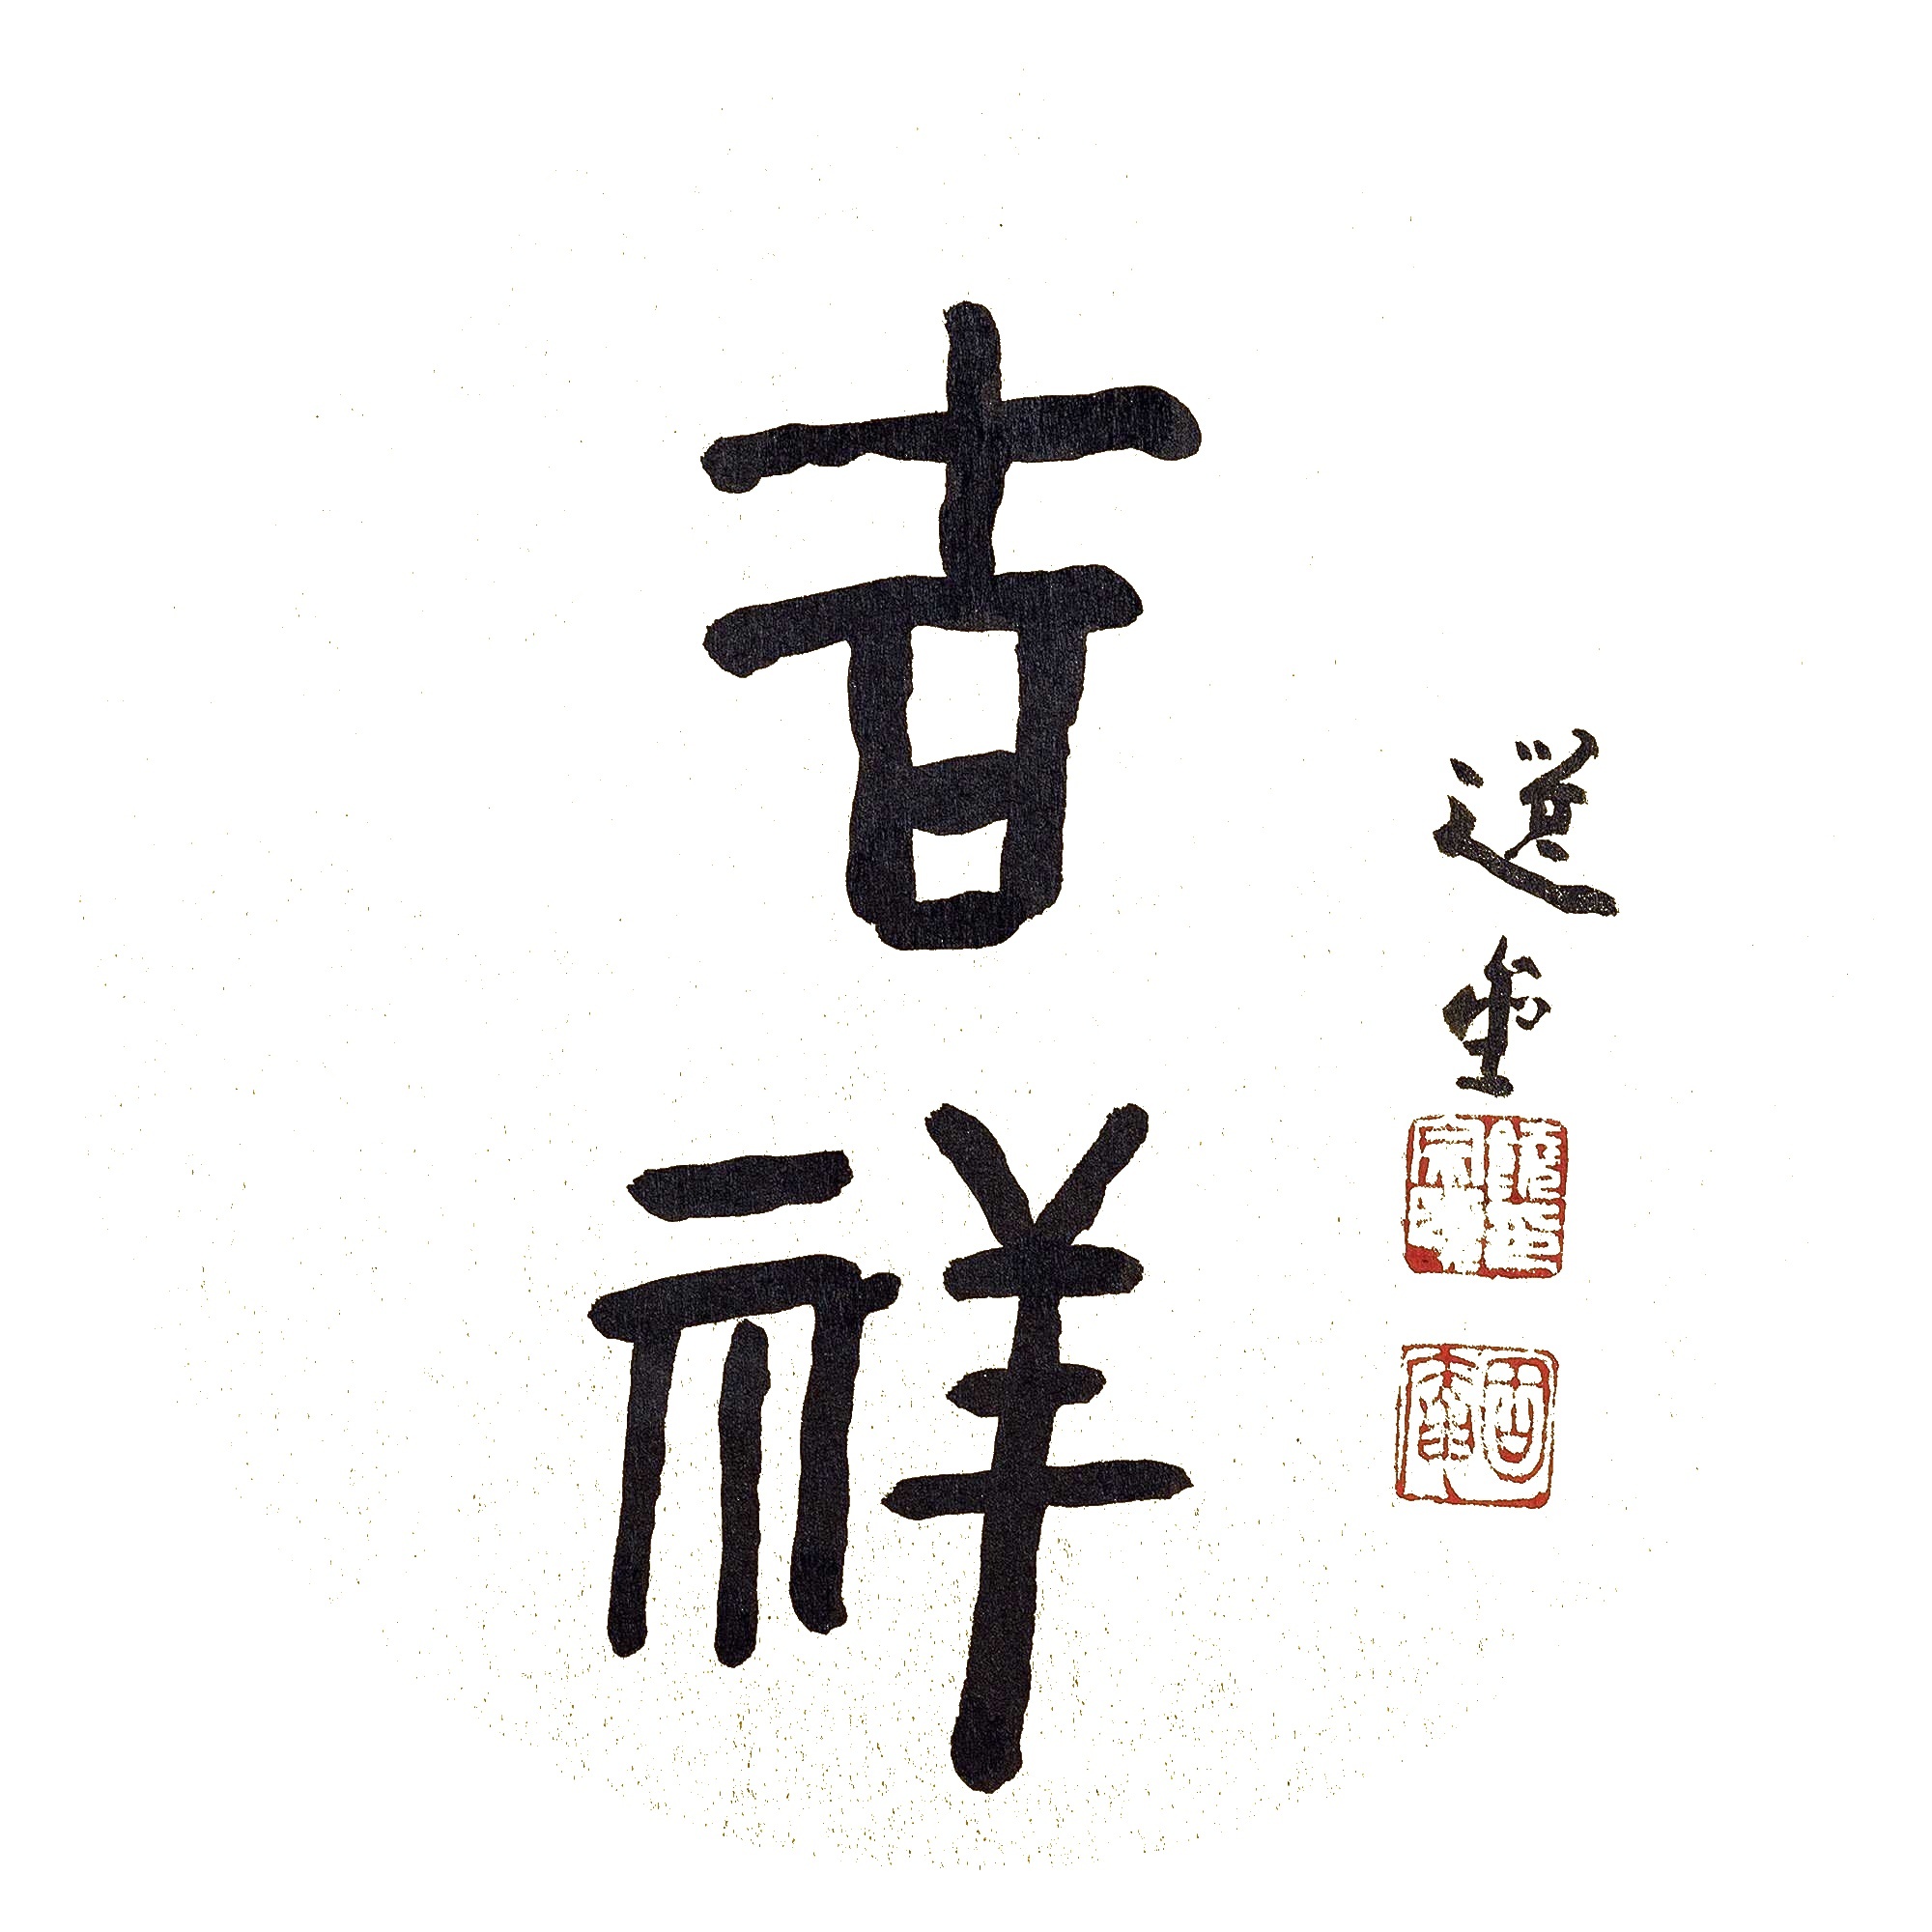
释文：吉祥。选堂。